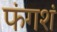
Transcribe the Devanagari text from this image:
फंगशं